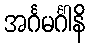
အင်္ဂမင်္ဂါနိ